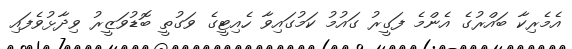
އެމެރިކާ ބައްރުގެ އެންމެ ފަގީރު ގައުމު ކަމުގައިވާ ހެއިޓީގެ ވަގުތީ ބޮޑުވަޒީރު ވިދާޅުވެފައި